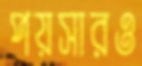
পয়সারও